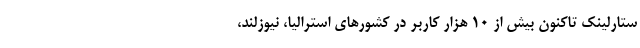
ستارلینک تاکنون بیش از ۱۰ هزار کاربر در کشورهای استرالیا، نیوزلند،